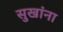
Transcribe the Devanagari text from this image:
सुखांना